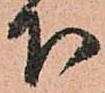
下